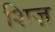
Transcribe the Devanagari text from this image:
शिज़